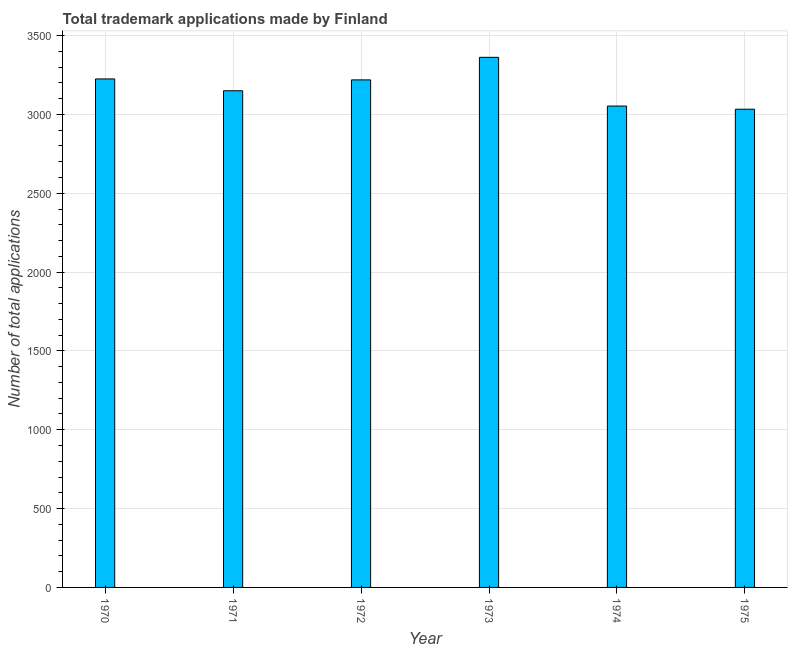
| Year | Trademark applications |
 | --- | --- |
 | 1970 | 3.22e+03 |
 | 1971 | 3.15e+03 |
 | 1972 | 3.22e+03 |
 | 1973 | 3.36e+03 |
 | 1974 | 3.05e+03 |
 | 1975 | 3.03e+03 |